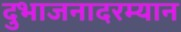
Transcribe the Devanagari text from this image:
दुभाजनादरम्यान